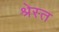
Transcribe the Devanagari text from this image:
श्रेस्त